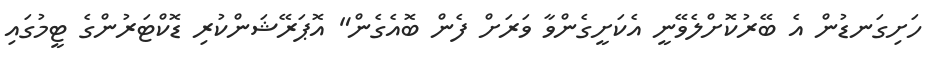
ހަށިގަނޑުން އެ ބޭރުކޮށްލެވޭނީ އެކަށީގެންވާ ވަރަށް ފެން ބޮއެގެން" އޮޕަރޭޝަންކުރި ޑޮކްޓަރުންގެ ޓީމުގައި